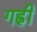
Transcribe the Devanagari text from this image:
गह्री